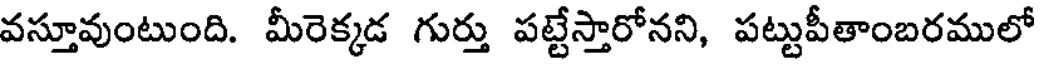
వస్తూవుంటుంది. మీరెక్కడ గుర్తు పట్టేస్తారోనని, పట్టుపీతాంబరములో